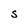
Character: S